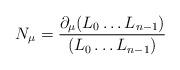
LaTeX: \begin{align*}N_\mu = \frac{\partial_\mu(L_0\ldots L_{n-1})}{(L_0\ldots L_{n-1})}\end{align*}